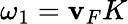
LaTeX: \omega_{1}=\mathbf{v}_{F}K